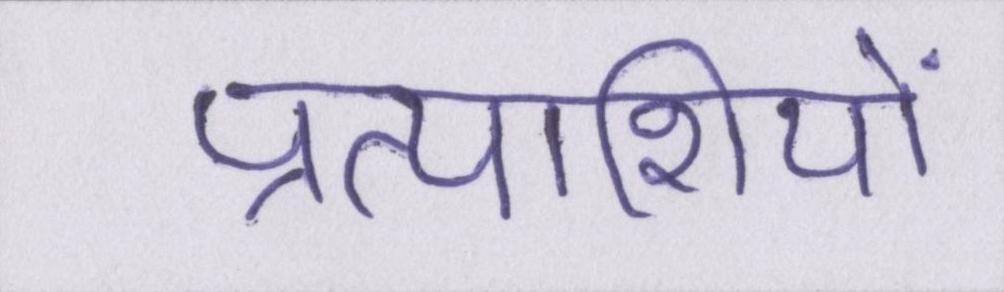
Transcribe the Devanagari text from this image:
प्रत्याशियों